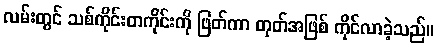
လမ်းတွင် သစ်ကိုင်းတကိုင်းကို ဖြတ်ကာ တုတ်အဖြစ် ကိုင်လာခဲ့သည်။